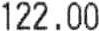
122.00